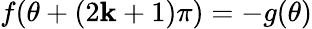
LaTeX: f(\theta+(2\mathbf{k}+1)\pi)=-g(\theta)